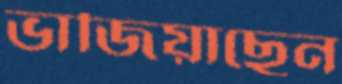
ভাজিয়াছেন